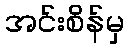
အင်းစိန်မှ